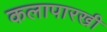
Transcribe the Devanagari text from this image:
कलापारखी